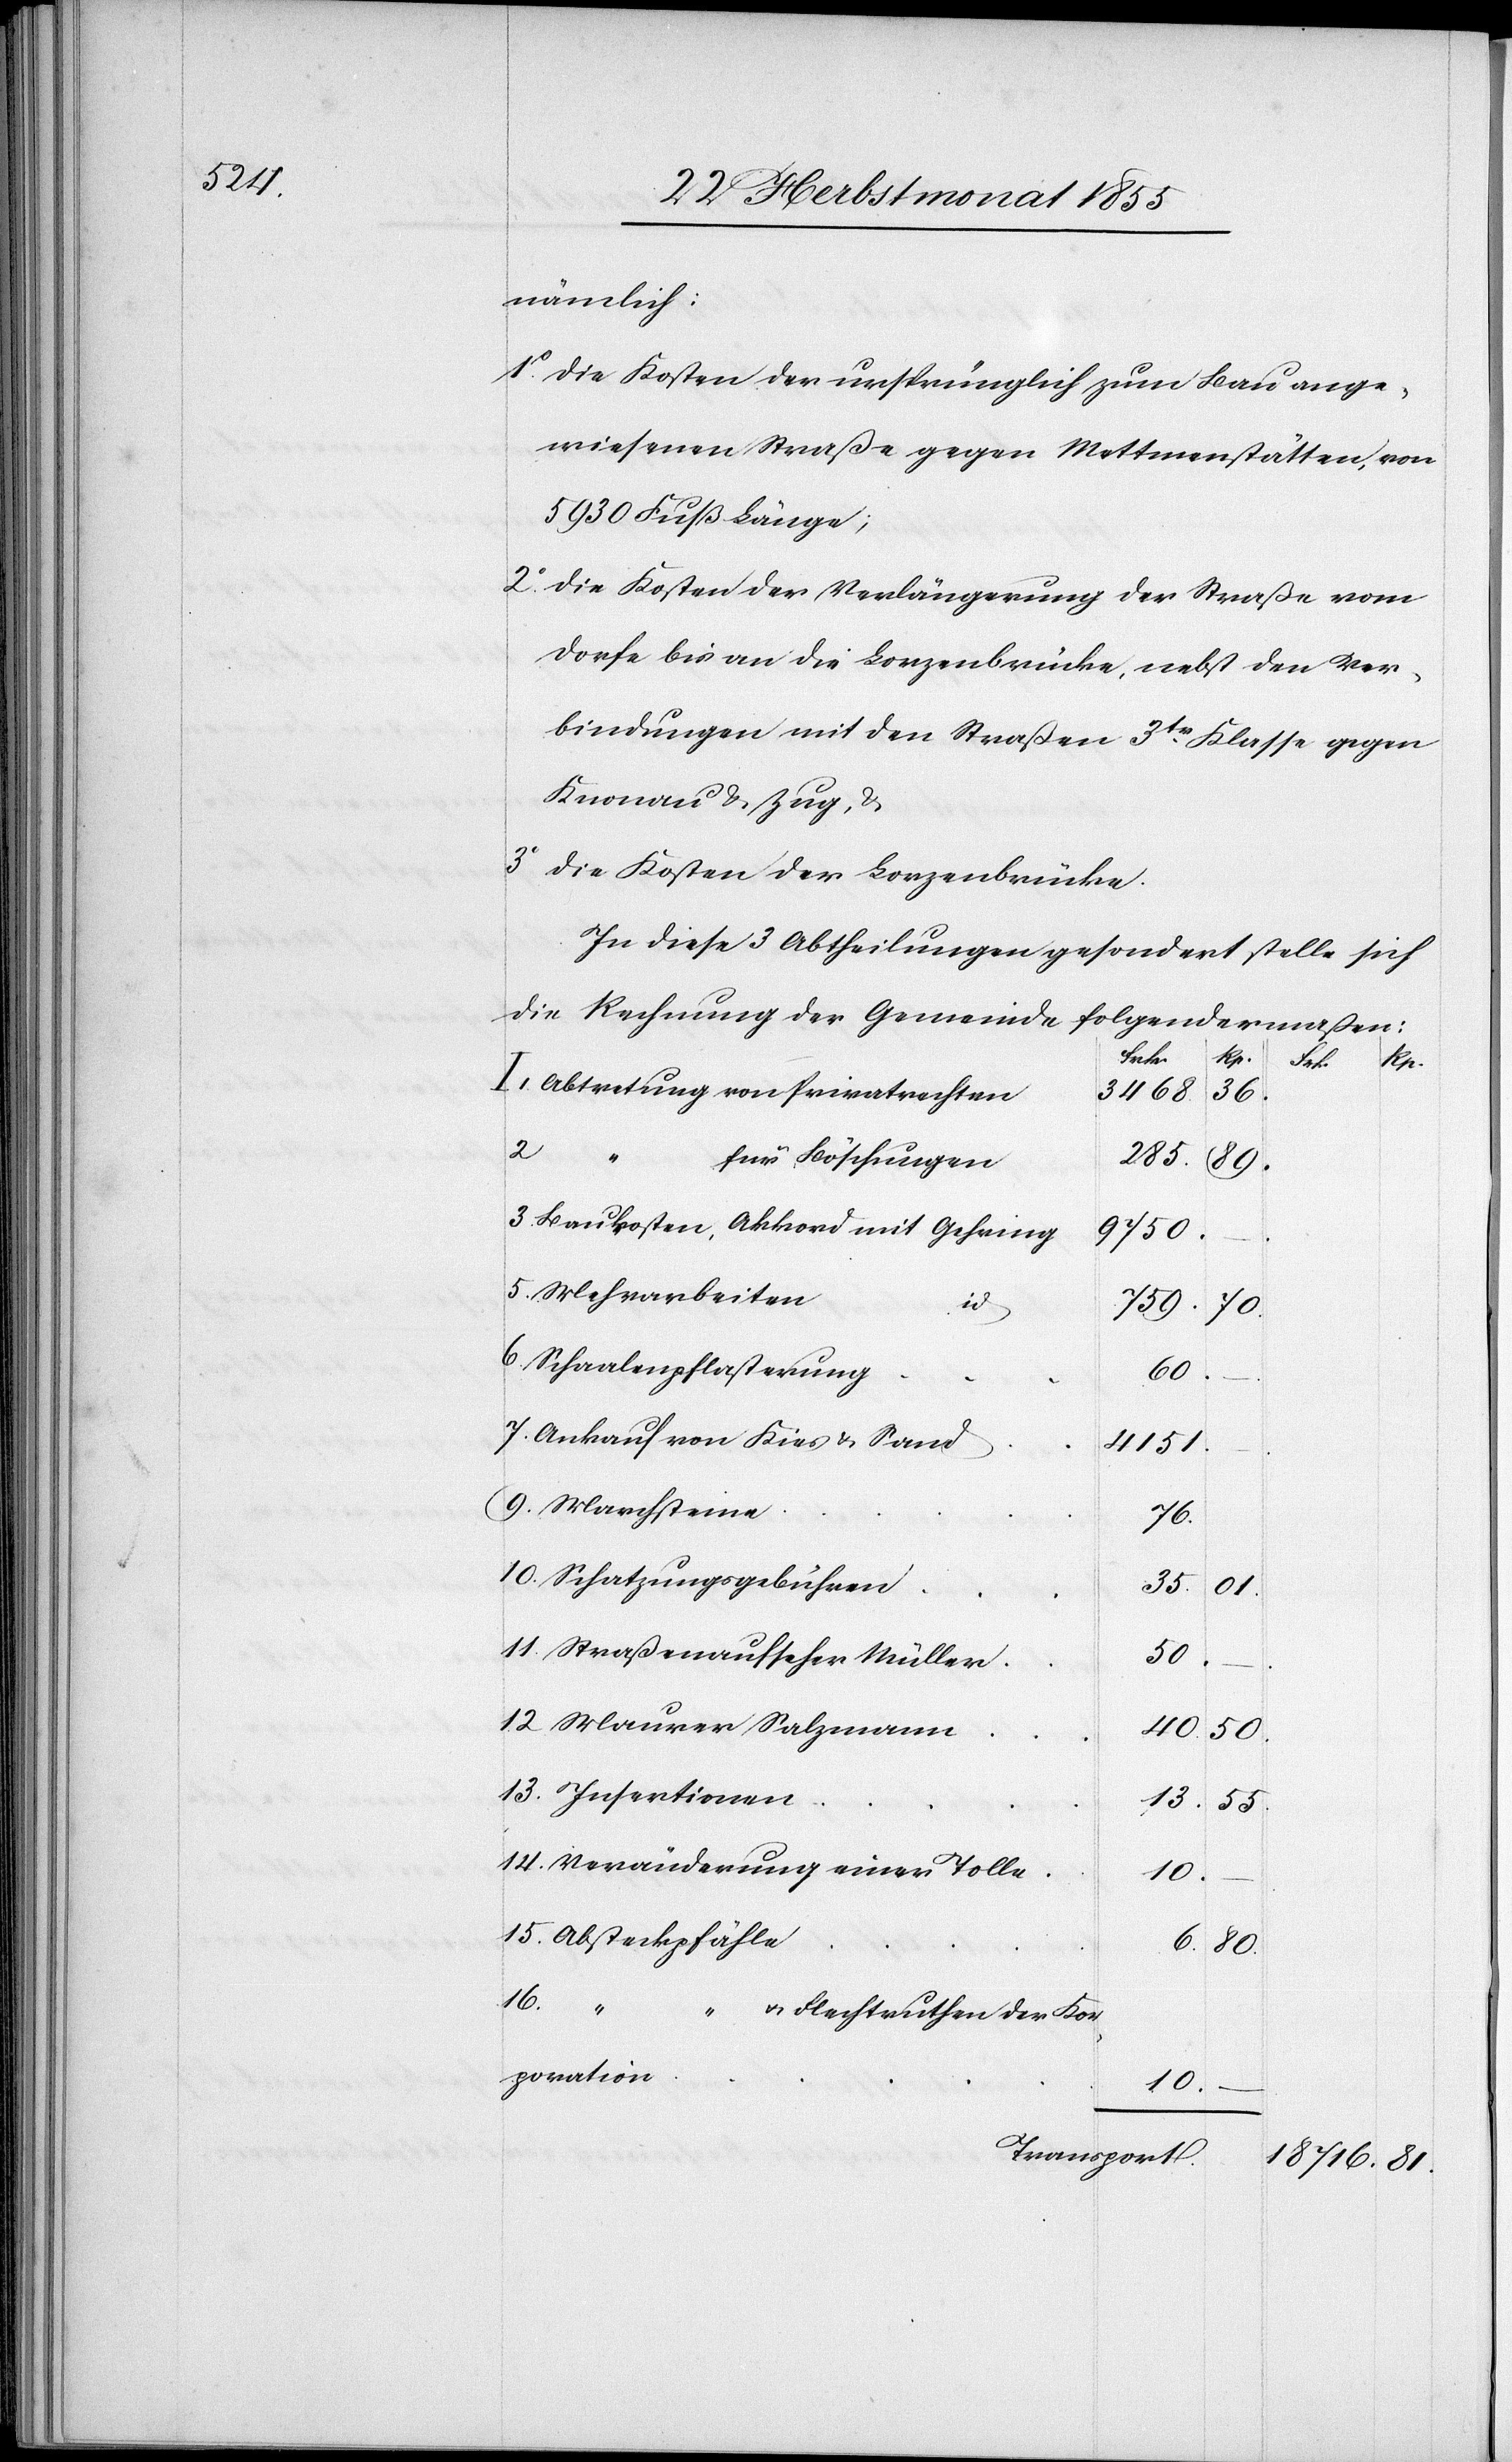
nämlich:
die Kosten der ursprünglich zum Bau ange¬
wiesenen Straße gegen Mettmenstätten, von
5930 Fuß Länge;
die Kosten der Verlängerung der Straße vom
Dorfe bis an die Lorzenbrücke, nebst den Ver¬
bindungen mit den Straßen 3tr. Klasse gegen
Knonau & Zug, &
die Kosten der Lorzenbrücke.
In diese 3 Abtheilungen gesondert stelle sich
die Rechnung der Gemeinde folgendermaßen:
March¬
14.
Abtretung von Privatrechten
3468.
36.
2.
tionen
285.
für Böschungen
5.
Baukosten, Akkord mit Gehring
9750.
Mehrarbeiten
id.
I.
7.
Schaalenpflasterung
60.
Ankauf von Kies & Sand
4151.
16.
Schatzungsgebühren
35.
81.
Straßenaufseher Müller
50.
40.
9.
50.
13.
55.
Veränderung einer Tolle
15.
Absteckpfähle
6.
80.
“ & Flechtruthen der Kor¬
poration
10.
Transport
18 716.